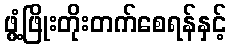
ဖွံ့ဖြိုးတိုးတက်စေရန်နှင့်